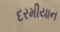
દરમીયાન